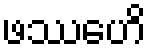
ဖဿေဟိ